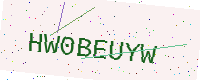
Text: HW0BEUYW